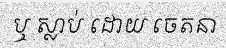
ឬ ស្លាប់ ដោយ ចេតនា